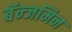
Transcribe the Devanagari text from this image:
बॅन्जमिन